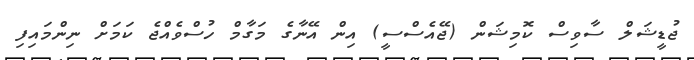
ޖުޑީޝަލް ސާވިސް ކޮމިޝަން (ޖޭއެސްސީ) އިން އޭނާގެ މަގާމް ހުސްވެއްޖެ ކަމަށް ނިންމައިފި